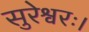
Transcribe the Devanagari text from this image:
सुरेश्वरः।